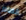
الصادر